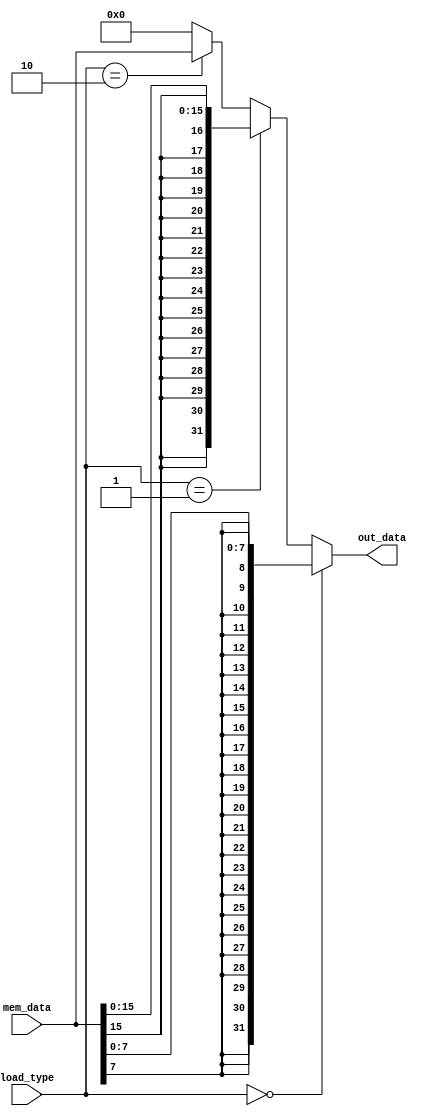
module Load(mem_data, load_type, out_data);

  input wire [1:0] load_type;
  input wire [31:0] mem_data;
  output wire [31:0] out_data;

  assign out_data = (load_type == 2'b00) ? { {24{mem_data[7]}} , mem_data[7:0] } : ((load_type == 2'b01)? { {16{mem_data[15]}} , mem_data[15:0] } : ((load_type == 2'b10)? mem_data : ((load_type == 2'b11)? 32'b0 : 32'b0)));

endmodule